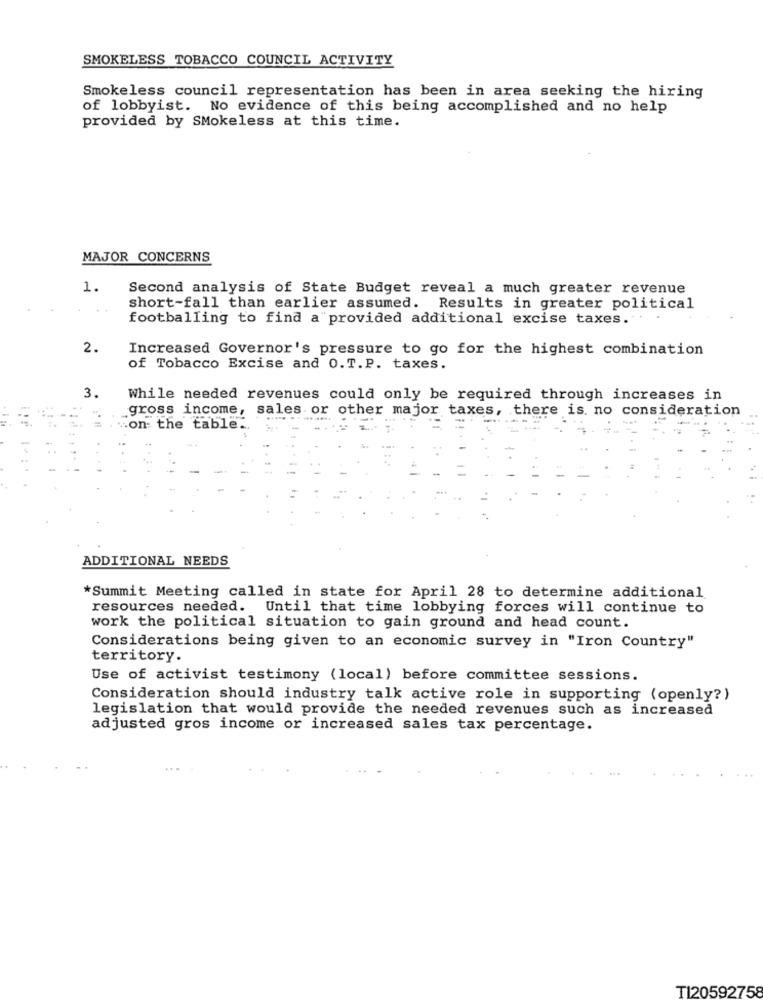
SMOKELESS TOBACCO COUNCIL ACTIVITY
Smokeless council representation has been in area seeking the hiring
of lobbyist. No evidence of this being accomplished and no help
provided by SMokeless at this time.
MAJOR CONCERNS
1.
Second analysis of State Budget reveal a much greater revenue
short-fall than earlier assumed. Results in greater political
footballing to find a provided additional excise taxes.".
2.
Increased Governor's pressure to go for the highest combination
of Tobacco Excise and 0.T.P. taxes.
3.
While needed revenues could only be required through increases in
gross income, sales or other major taxes, there is no consideration
.on the table.
ADDITIONAL NEEDS
*Summit Meeting called in state for April 28 to determine additional
resources needed. Until that time lobbying forces will continue to
work the political situation to gain ground and head count.
Considerations being given to an economic survey in "Iron Country"
territory.
Use of activist testimony (local) before committee sessions.
Consideration should industry talk active role in supporting (openly?)
legislation that would provide the needed revenues such as increased
adjusted gros income or increased sales tax percentage.
TI20592758